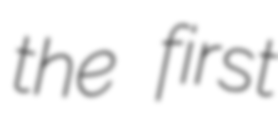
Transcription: the first